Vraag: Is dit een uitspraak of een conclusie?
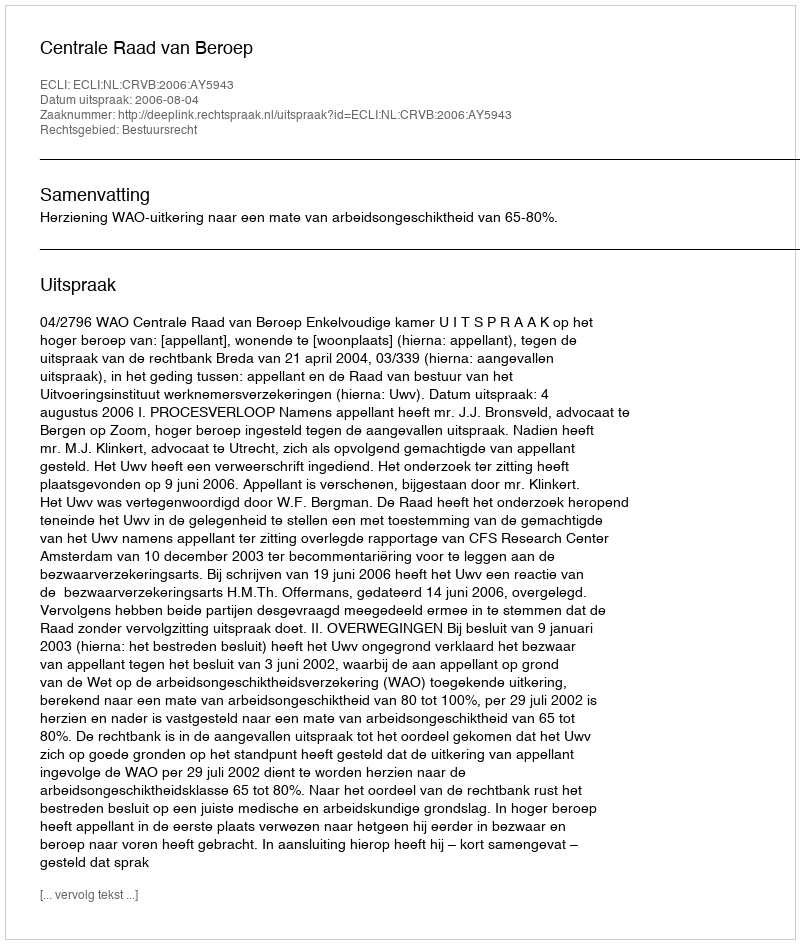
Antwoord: Uitspraak